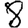
Digit: 8